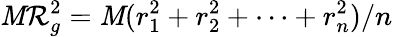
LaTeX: \mathit{M}\mathcal{R}_{g}^{2}=\mathit{M}(r_{1}^{2}+r_{2}^{2}+\cdots+r_{n}^{2})/n